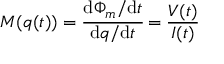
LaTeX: M ( q ( t ) ) = { \cfrac { \mathrm { d } \Phi _ { m } / \mathrm { d } t } { \mathrm { d } q / \mathrm { d } t } } = { \frac { V ( t ) } { I ( t ) } }